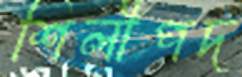
শিলীপদ